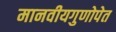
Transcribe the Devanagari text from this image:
मानवीयगुणोपेत